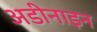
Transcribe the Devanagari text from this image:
अडीनाइन